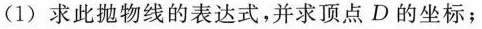
(1) 求此抛物线的表达式，并求顶点 D 的坐标；